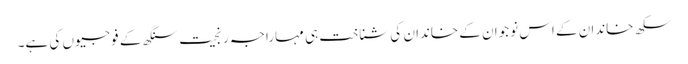
سکھ خاندان کے اس نوجوان کے خاندان کی شناخت ہی مہاراجہ رنجیت سنگھ کے فوجیوں کی ہے۔